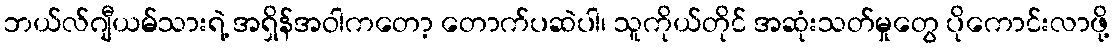
ဘယ်လ်ဂျီယမ်သားရဲ့ အရှိန်အဝါကတော့ တောက်ပဆဲပါ၊ သူကိုယ်တိုင် အဆုံးသတ်မှုတွေ ပိုကောင်းလာဖို့